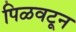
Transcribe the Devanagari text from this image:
पिळवटून